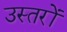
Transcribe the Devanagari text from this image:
उस्तरों